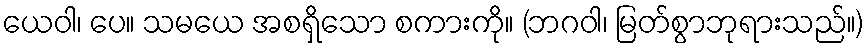
ယေဝါ၊ ပေ။ သမယေ အစရှိသော စကားကို။ (ဘဂဝါ၊ မြတ်စွာဘုရားသည်။)